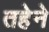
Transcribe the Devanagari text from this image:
तहेने